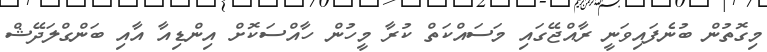
މިގޮތުން ބުނެފައިވަނީ ރާއްޖޭގައި މަސައްކަތް ކުރާ މީހުން ހާއްސަކޮށް އިންޑިއާ އާއި ބަންގްލަދޭޝް